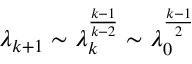
\lambda _ { k + 1 } \sim \lambda _ { k } ^ { \frac { k - 1 } { k - 2 } } \sim \lambda _ { 0 } ^ { \frac { k - 1 } { 2 } }